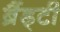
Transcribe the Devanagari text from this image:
ब्रैंड्टी